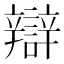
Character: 辯